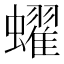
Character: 蠗